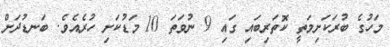
މަހުގެ ބުރަކަށިމަތީ ކޮތަރިބައި ގައި 9 ނުވަތަ 10 މަޑުކަށި ހުރެއެވެ. ބަނޑުދަށް